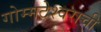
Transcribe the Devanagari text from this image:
गोम्मटेश्वराची